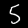
Digit: 5